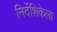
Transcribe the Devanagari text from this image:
निर्देशिकेला